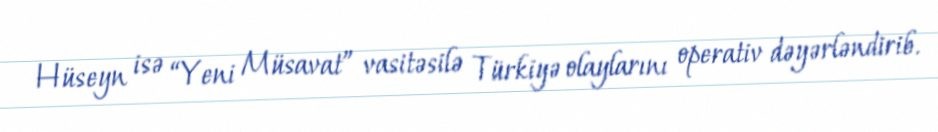
Hüseyn isə “Yeni Müsavat” vasitəsilə Türkiyə olaylarını operativ dəyərləndirib.